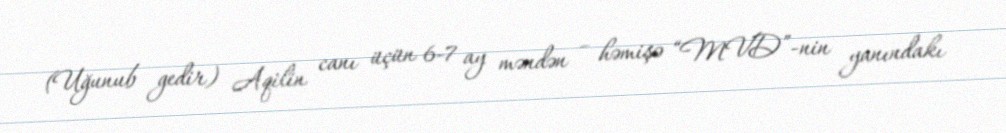
(Uğunub gedir) Aqilin canı üçün 6-7 ay məndən – həmişə “MVD”-nin yanındakı